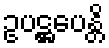
ဥပဋ္ဌပေန္တိ